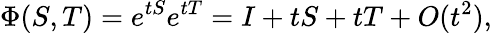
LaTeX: \Phi(S,T)=e^{tS}e^{tT}=I+tS+tT+O(t^{2}),